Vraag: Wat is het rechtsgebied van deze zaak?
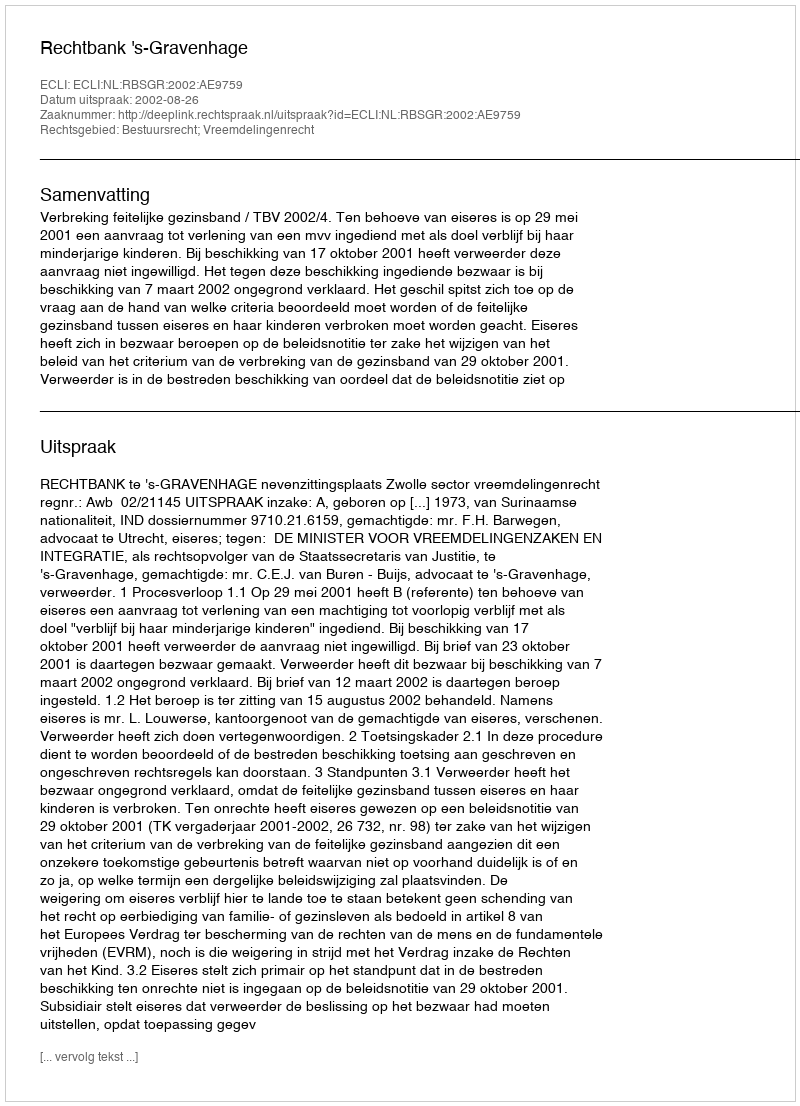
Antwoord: Bestuursrecht; Vreemdelingenrecht